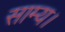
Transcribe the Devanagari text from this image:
साम्य।